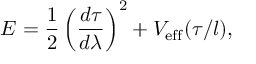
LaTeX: E = \frac { 1 } { 2 } \left( \frac { d \tau } { d \lambda } \right) ^ { 2 } + V _ { \mathrm { e f f } } ( \tau / l ) ,